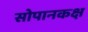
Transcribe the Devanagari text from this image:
सोपानकक्ष